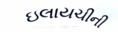
ઇલાયચીની